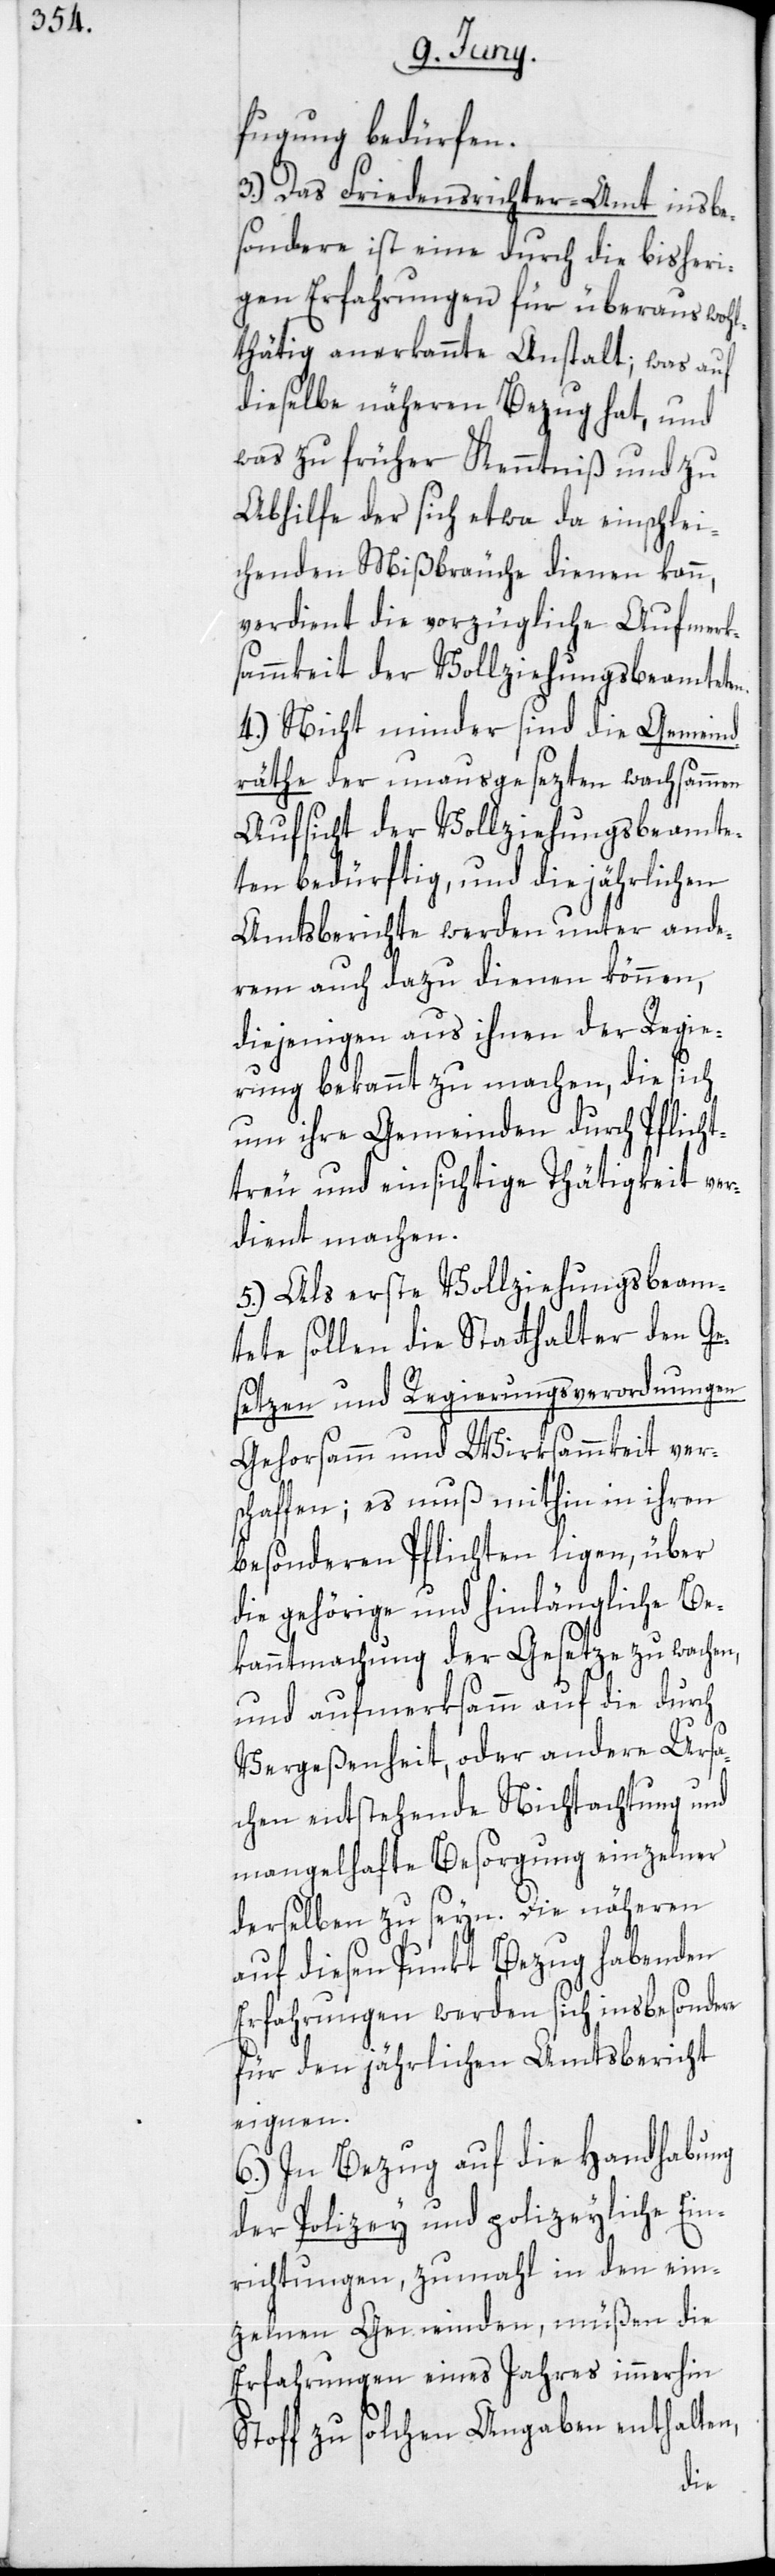
fügung bedürfen.
3.) Das Friedensrichter-Amt insbe¬
sondere ist eine durch die bisheri¬
gen Erfahrungen für überaus wohl¬
thätig anerkannte Anstalt; was auf
dieselbe näheren Bezug hat, und
was zu früher Kenntniß und zu
Abhilfe der sich etwa da einschlei¬
chenden Mißbräuche dienen kann,
verdient die vorzügliche Aufmerk¬
sammkeit der Vollziehungsbeamteten.
4.) Nicht minder sind die Gemeind¬
räthe der unausgesezten wachsammen
Aufsicht der Vollziehungsbeamte¬
ten bedürftig, und die jährlichen
Amtsberichte werden unter ande¬
rem auch dazu dienen können,
diejenigen aus ihnen der Regie¬
rung bekannt zu machen, die sich
um ihre Gemeinden durch Pflicht¬
treu und einsichtige Thätigkeit ver¬
dient machen.
5.) Als erste Vollziehungsbeam¬
tete sollen die Statthalter den Ge¬
setzen und Regierungsverordnungen
Gehorsamm und Wirksammkeit ver¬
schaffen; es muß mithin in ihren
besonderen Pflichten ligen, über
die gehörige und hinlängliche Be¬
kanntmachung der Gesetze zu wachen,
und aufmerksamm auf die durch
Vergeßenheit, oder andere Ursa¬
chen entstehende Nichtachtung und
mangelhafte Besorgung einzelner
derselben zu seyn. Die näheren
auf diesen Punkt Bezug habenden
Erfahrungen werden sich insbesondere
für den jährlichen Amtsbericht
eignen.
6.) In Bezug auf die Handhabung
der Polizey und polizeyliche Ein¬
richtungen, zumahl in den ein¬
zelnen Gemeinden, müßen die
Erfahrungen eines Jahres immerhin
Stoff zu solchen Angaben enthalten,